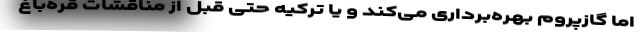
اما گازپروم بهره‌برداری می‌کند و یا ترکیه حتی قبل از مناقشات قره‌باغ